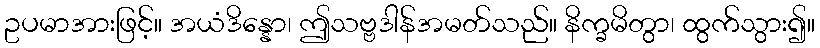
ဥပမာအားဖြင့်။ အယံဒိန္နော၊ ဤသဗ္ဗဒါန်အမတ်သည်။ နိက္ခမိတွာ၊ ထွက်သွား၍။